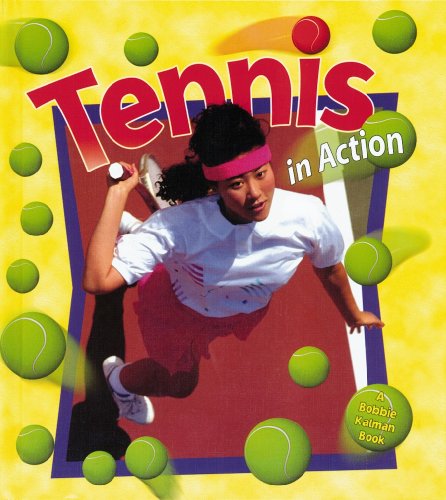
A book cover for Tennis in Action (Sports in Action); Bobbie Kalman; Children's Books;